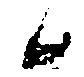
候